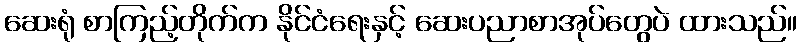
ဆေးရုံ စာကြည့်တိုက်က နိုင်ငံရေးနှင့် ဆေးပညာစာအုပ်တွေပဲ ထားသည်။